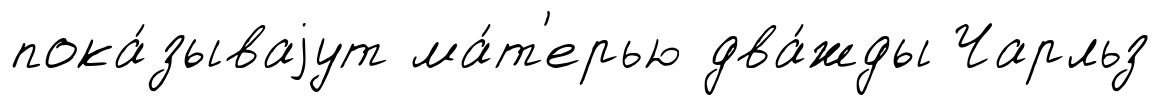
пока́зываjут ма́т'ерью два́жды Чарльз